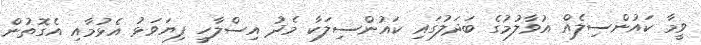
ވީމާ ކައުންސިލެއް އުވާލުމުގެ ބަދަލުގައި ކައުންސިލަކާ މެދު އިސްލާހީ ފިޔަވަޅު އެޅުމާއި އެގޮތުން